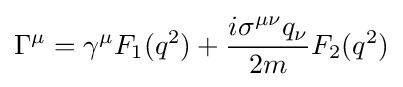
\Gamma ^{\mu }=\gamma ^{\mu }F_{1}(q^{2})+{\frac {i\sigma ^{\mu \nu }q_{\nu }}{2m}}F_{2}(q^{2})